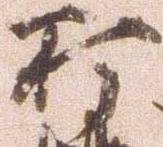
打